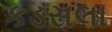
કડસલા